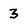
Character: 3